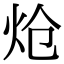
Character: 炝